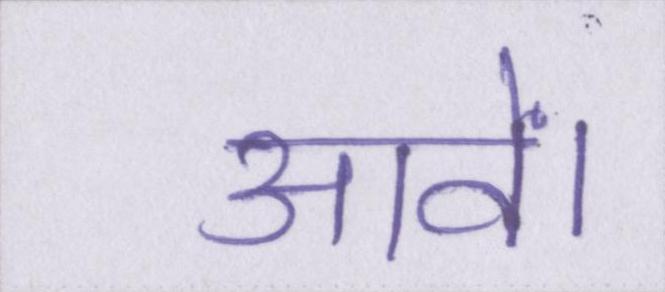
आवें।